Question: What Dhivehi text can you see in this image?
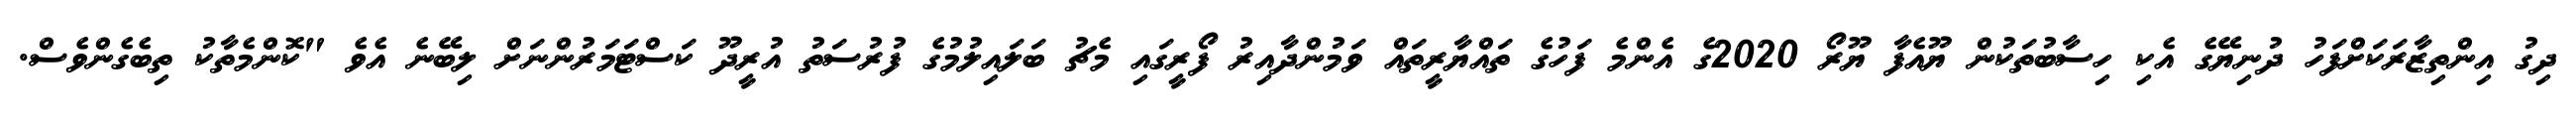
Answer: ދިގު އިންތިޒާރަކަށްފަހު ދުނިޔޭގެ އެކި ހިސާބުތަކުން ޔޫއެފާ ޔޫރޯ 2020ގެ އެންމެ ފަހުގެ ތައްޔާރީތައް ވަމުންދާއިރު ފޯރީގައި މެޗު ބަލައިލުމުގެ ފުރުސަތު އުރީދޫ ކަސްޓަމަރުންނަށް ލިބޭނެ އެވެ "ކޮންމެތާކު ތިބެގެންވެސް.